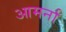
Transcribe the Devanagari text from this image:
आमर्ना